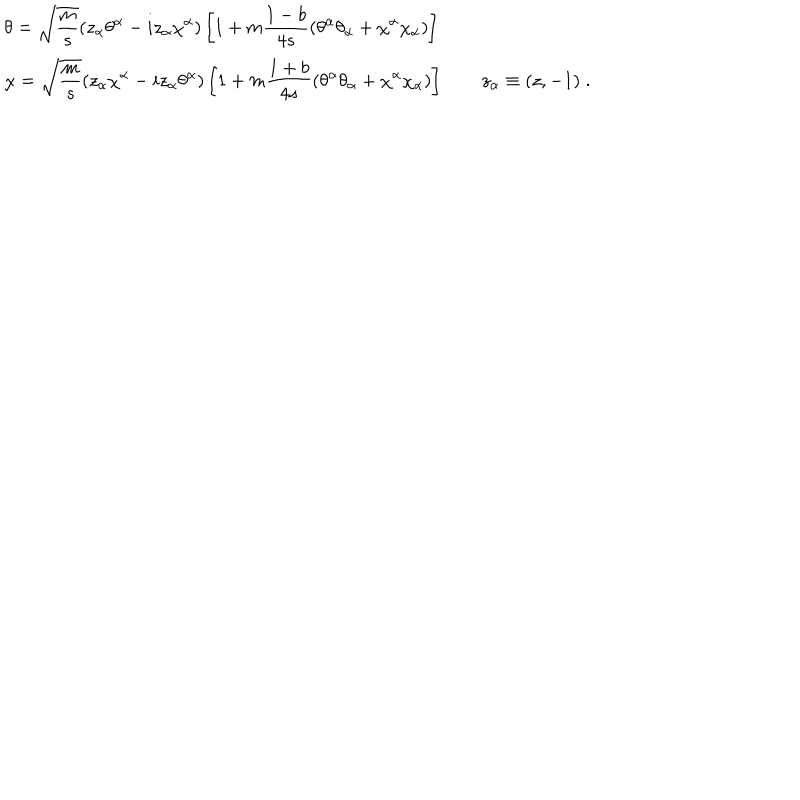
\begin{array} { l } { { \displaystyle \theta = \sqrt \frac { m } { s } ( z _ { \alpha } \theta ^ { \alpha } - i z _ { \alpha } \chi ^ { \alpha } ) \left[ 1 + m \frac { 1 - b } { 4 s } ( \theta ^ { \alpha } \theta _ { \alpha } + \chi ^ { \alpha } \chi _ { \alpha } ) \right] } } \\ { { \displaystyle \chi = \sqrt \frac { m } { s } ( z _ { \alpha } \chi ^ { \alpha } - i z _ { \alpha } \theta ^ { \alpha } ) \left[ 1 + m \frac { 1 + b } { 4 s } ( \theta ^ { \alpha } \theta _ { \alpha } + \chi ^ { \alpha } \chi _ { \alpha } ) \right] \qquad z _ { \alpha } \equiv ( z , - 1 ) \; . } } \\ \end{array}